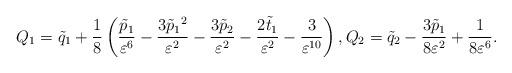
LaTeX: \begin{gather*}Q_1=\tilde{q}_1+\frac{1}{8}\left( \frac{\tilde{p}_1}{\varepsilon^6}-\frac{3\tilde{p}_1{}^2}{\varepsilon^2}-\frac{3\tilde{p}_2}{\varepsilon^2}-\frac{2\tilde{t}_1}{\varepsilon^2}-\frac{3}{\varepsilon^{10}} \right),Q_2=\tilde{q}_2-\frac{3\tilde{p}_1}{8\varepsilon^2}+\frac{1}{8\varepsilon^6}.\end{gather*}